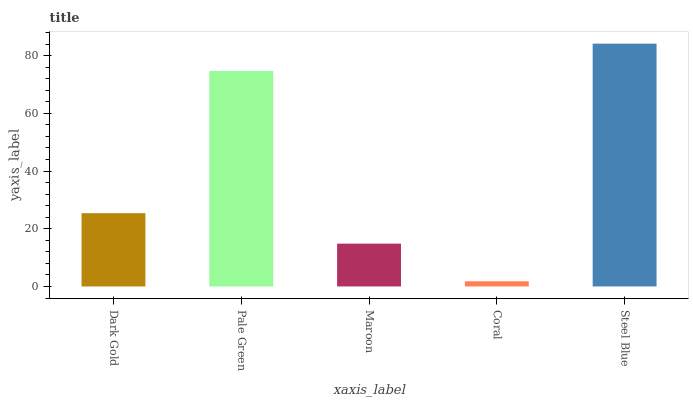
| xaxis_label | bars |
 | --- | --- |
 | Dark Gold | 25.4 |
 | Pale Green | 74.7 |
 | Maroon | 14.8 |
 | Coral | 1.8 |
 | Steel Blue | 84.2 |